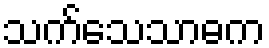
သက်သေသာဓက